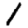
Digit: 1